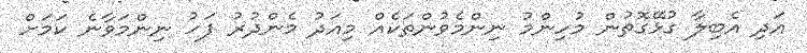
އަދި އެބިލާ ގުޅޭގޮތުން މުހިންމު ނިންމެވުންތަކެއް މިއަދު މެންދުރު ފަހު ނިންމަވާނެ ކަމަށް